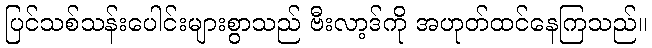
ပြင်သစ်သန်းပေါင်းများစွာသည် ဗီးလာ့ဒ်ကို အဟုတ်ထင်နေကြသည်။